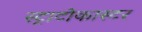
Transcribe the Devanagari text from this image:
स्ट्राटोकास्टर